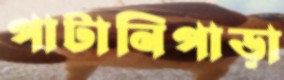
পাটানিপাড়া